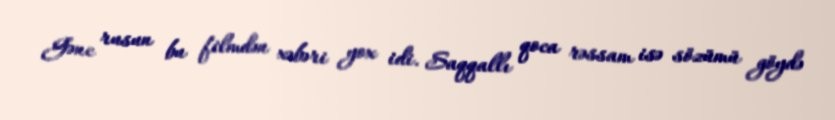
Gənc rusun bu filmdən xəbəri yox idi. Saqqallı qoca rəssam isə sözümü göydə